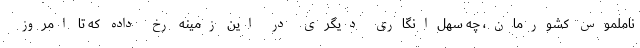
ناملموس کشورمان، چه سهل‌انگاری دیگری در این زمینه رخ داده که تا امروز